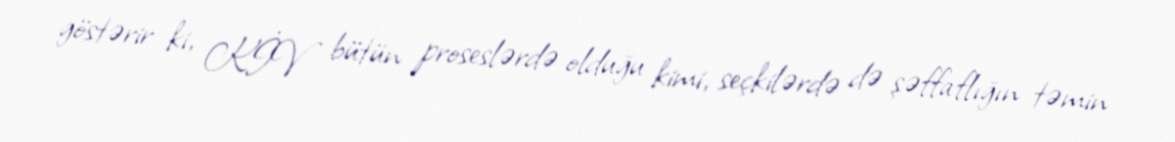
göstərir ki, KİV bütün proseslərdə olduğu kimi, seçkilərdə də şəffaflığın təmin